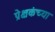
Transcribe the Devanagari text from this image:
प्रेक्षकंच्या